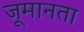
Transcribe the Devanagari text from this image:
जूमानता